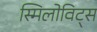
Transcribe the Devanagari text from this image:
स्मिलोविट्स